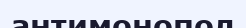
антимонопол